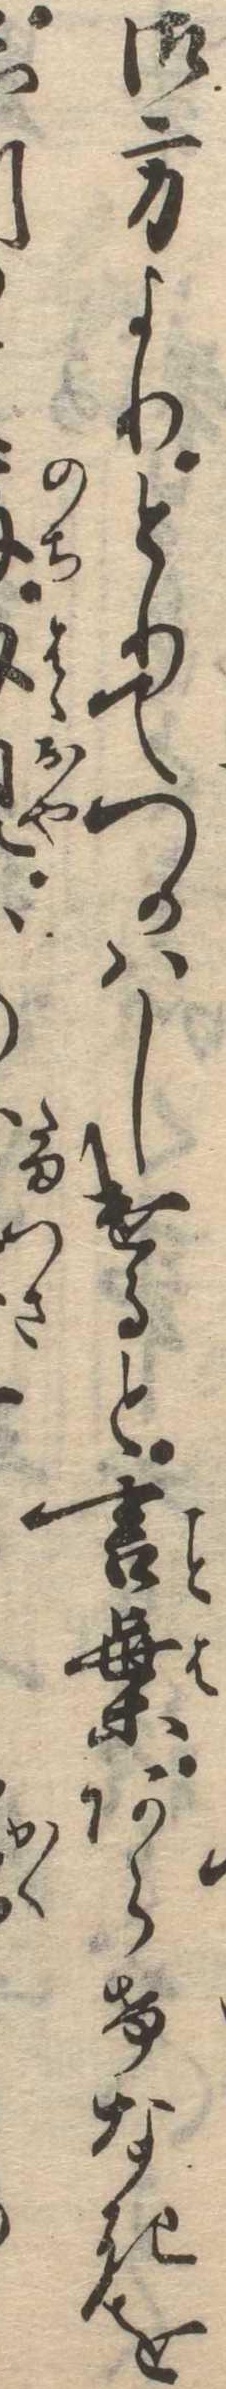
御方よりとりてつかはしけると言葉あらけなきをし